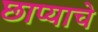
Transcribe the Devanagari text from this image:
छाप्याचे